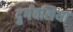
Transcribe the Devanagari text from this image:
दुर्गवलिया